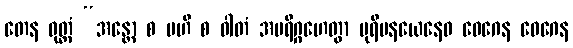
တေန ဝုတ္တံ “အန္တော စ ဗဟိ စ ဝါတံ အပရိဂ္ဂဟေတွာ ပုရိမနယေနေဝ ဝေဂေန ဝေဂေန